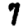
Digit: 7